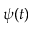
\psi ( t )